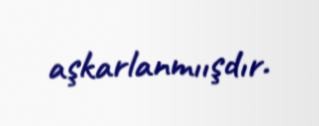
aşkarlanmıışdır.